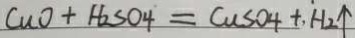
C u O + H _ { 2 } S O _ { 4 } = C u S O _ { 4 } + H _ { 2 } \uparrow